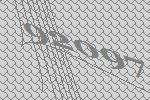
92097